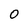
Character: O